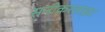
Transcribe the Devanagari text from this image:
सनीकरलाइट